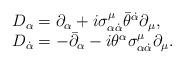
LaTeX: \begin{align*}\begin{array}{ll}D_{\alpha} = \partial_{\alpha} + i \sigma^{\mu}_{\alpha \dot \alpha }\bar \theta^{\dot \alpha} \partial_{\mu}, \\D_{\dot \alpha} = - \bar \partial_{\alpha} - i\theta^{\alpha}\sigma^{\mu}_{\alpha \dot \alpha } \partial_{\mu}.\end{array}\end{align*}